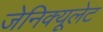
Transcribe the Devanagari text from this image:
जेनिक्यूलेट